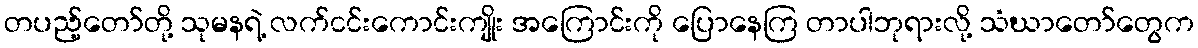
တပည့်တော်တို့ သုမနရဲ့ လက်ငင်းကောင်းကျိုး အကြောင်းကို ပြောနေကြ တာပါဘုရားလို့ သံဃာတော်တွေက